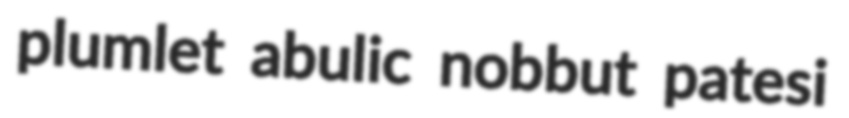
plumlet abulic nobbut patesi